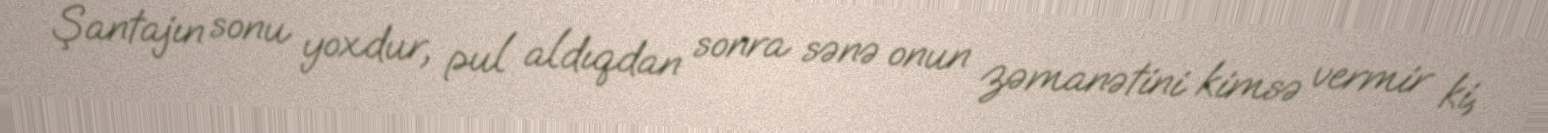
Şantajın sonu yoxdur, pul aldıqdan sonra sənə onun zəmanətini kimsə vermir ki,